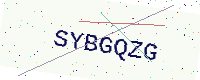
Text: SYBGQZG